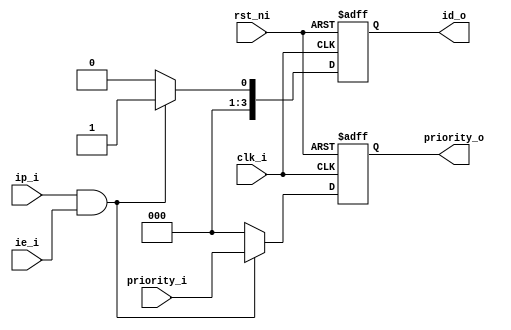
module plic_cell#(parameter ID=1)
(
input rst_ni,
input clk_i,
input ip_i,
input ie_i,
input [2:0] priority_i, //7

output reg [3:0] id_o,	//
output reg [2:0] priority_o
);

always@(posedge clk_i or negedge rst_ni)
	if		(!rst_ni)		priority_o<=0;
	else if (ip_i && ie_i)	priority_o<=priority_i;
	else					priority_o<=0;
	
always@(posedge clk_i or negedge rst_ni)
	if		(!rst_ni)	    id_o <= 0;
	else if	(ip_i && ie_i)  id_o <= ID;
	else					id_o <= 0;

endmodule